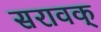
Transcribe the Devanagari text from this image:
सरावक्